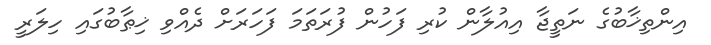
އިންތިޚާބުގެ ނަތީޖާ އިއުލާން ކުރި ފަހުން ފުރަތަމަ ފަހަރަށް ދެއްވި ޚިޠާބުގައި ހިލަރީ